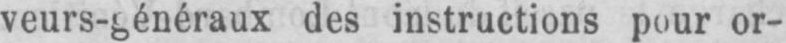
des instructions pour or-